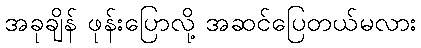
အခုချိန် ဖုန်းပြောလို့ အဆင်ပြေတယ်မလား